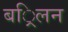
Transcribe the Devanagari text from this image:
बर्िलन